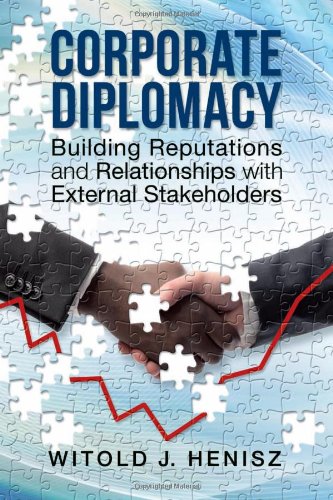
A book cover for Corporate Diplomacy: Building Reputations and Relationships with External Stakeholders; Witold Henisz; Business & Money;